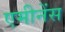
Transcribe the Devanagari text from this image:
एमीनेंस